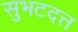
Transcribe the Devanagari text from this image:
सुभटदत्त